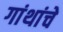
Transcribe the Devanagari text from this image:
गांथांचे